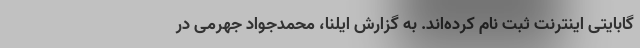
گابایتی اینترنت ثبت نام کرده‌اند. به گزارش ایلنا، محمدجواد جهرمی در